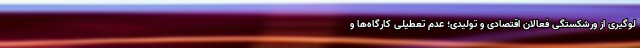
لوگیری از ورشکستگی فعالان اقتصادی و تولیدی؛ عدم تعطیلی کارگاه‌ها و